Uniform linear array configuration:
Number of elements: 16
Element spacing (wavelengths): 1
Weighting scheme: kaiser
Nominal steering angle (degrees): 30
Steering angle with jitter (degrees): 29.886
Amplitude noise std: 0.05
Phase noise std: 0.05

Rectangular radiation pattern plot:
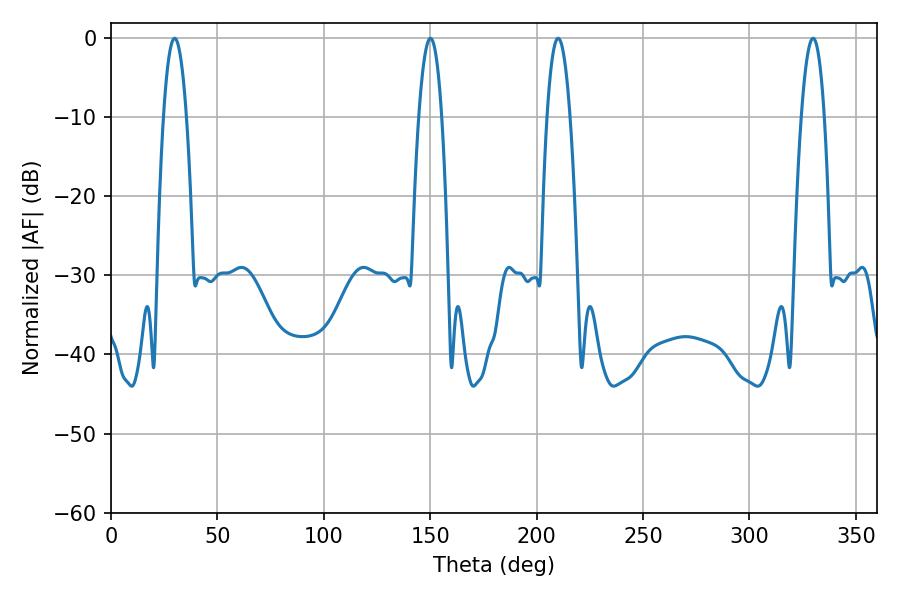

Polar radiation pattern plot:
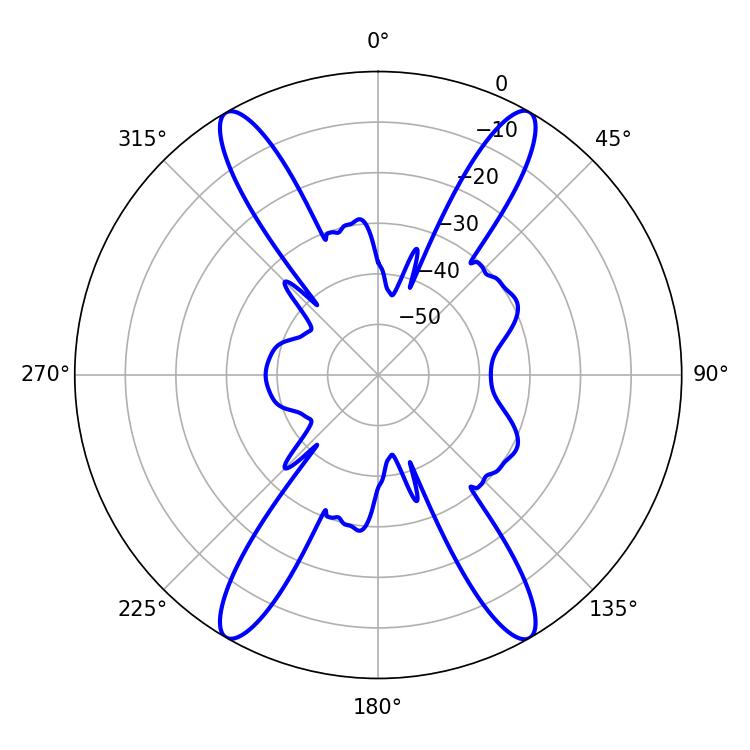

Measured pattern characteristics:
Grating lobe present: TRUE
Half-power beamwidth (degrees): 5.94
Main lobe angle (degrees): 29.88